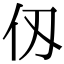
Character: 仭